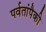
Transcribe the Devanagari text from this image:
पर्वतांपैकी